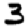
Digit: 3